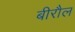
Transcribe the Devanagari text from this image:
बीरौल